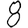
Digit: 8